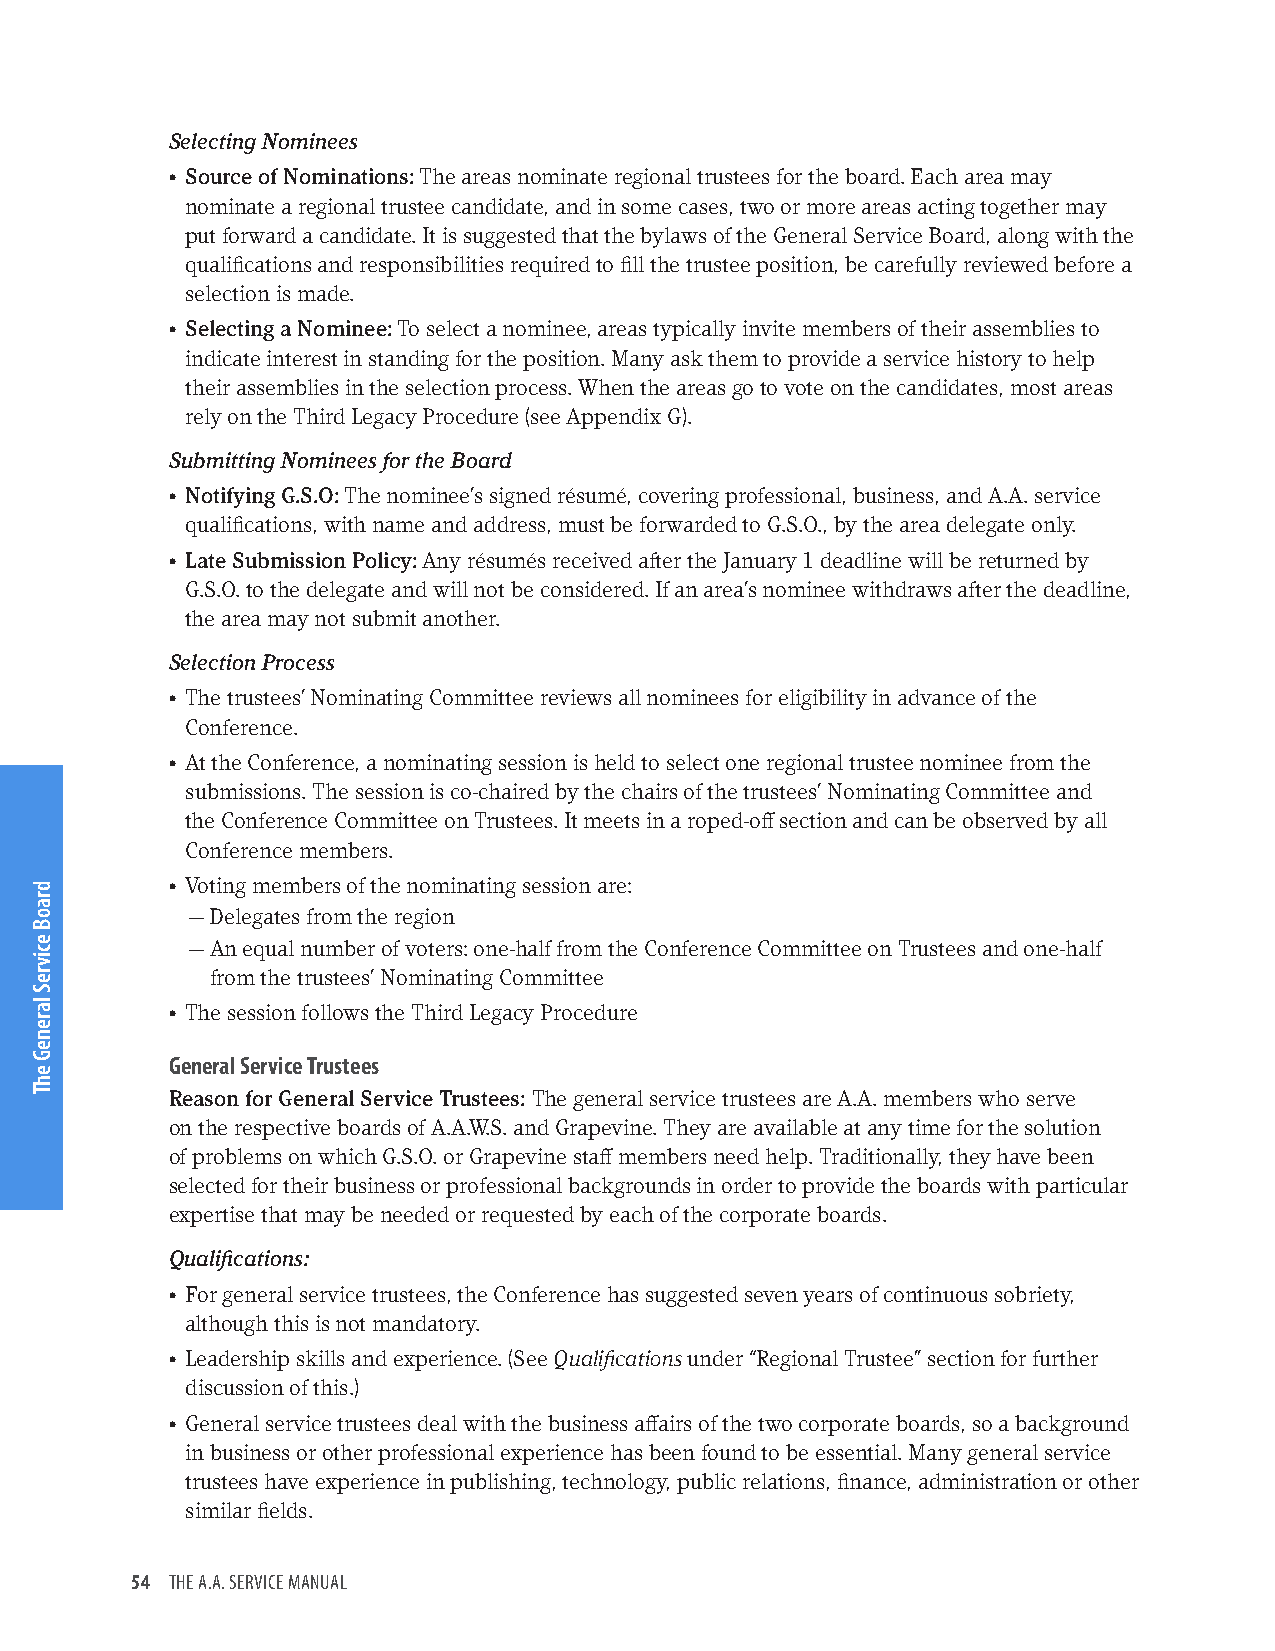
Selecting Nominees
 • Source of Nominations: The areas nominate regional trustees for the board. Each area may
 nominate a regional trustee candidate, and in some cases, two or more areas acting together may
 put forward a candidate. It is suggested that the bylaws of the General Service Board, along with the
 qualifications and responsibilities required to fill the trustee position, be carefully reviewed before a
 selection is made.
 • Selecting a Nominee: To select a nominee, areas typically invite members of their assemblies to
 indicate interest in standing for the position. Many ask them to provide a service history to help
 their assemblies in the selection process. When the areas go to vote on the candidates, most areas
 rely on the Third Legacy Procedure (see Appendix G).
 Submitting Nominees for the Board
 • Notifying G.S.O: The nominee’s signed résumé, covering professional, business, and A.A. service
 qualifications, with name and address, must be forwarded to G.S.O., by the area delegate only.
 • Late Submission Policy: Any résumés received after the January 1 deadline will be returned by
 G.S.O. to the delegate and will not be considered. If an area’s nominee withdraws after the deadline,
 the area may not submit another.
 Selection Process
 • The trustees’ Nominating Committee reviews all nominees for eligibility in advance of the
 Conference.
 • At the Conference, a nominating session is held to select one regional trustee nominee from the
 submissions. The session is co-chaired by the chairs of the trustees’ Nominating Committee and
 the Conference Committee on Trustees. It meets in a roped-off section and can be observed by all
 Conference members.
 • Voting members of the nominating session are:
 — Delegates from the region
 — An equal number of voters: one-half from the Conference Committee on Trustees and one-half
 from the trustees’ Nominating Committee
 • The session follows the Third Legacy Procedure
 General Service Trustees
 Reason for General Service Trustees: The general service trustees are A.A. members who serve
 on the respective boards of A.A.W.S. and Grapevine. They are available at any time for the solution
 of problems on which G.S.O. or Grapevine staff members need help. Traditionally, they have been
 selected for their business or professional backgrounds in order to provide the boards with particular
 expertise that may be needed or requested by each of the corporate boards.
 Qualifications:
 • For general service trustees, the Conference has suggested seven years of continuous sobriety,
 although this is not mandatory.
 • Leadership skills and experience. (See Qualifications under “Regional Trustee” section for further
 discussion of this.)
 • General service trustees deal with the business affairs of the two corporate boards, so a background
 in business or other professional experience has been found to be essential. Many general service
 trustees have experience in publishing, technology, public relations, finance, administration or other
 similar fields.
 54 THE A.A. SERVICE MANUAL
 draoB
 ecivreS
 lareneG
 ehT